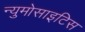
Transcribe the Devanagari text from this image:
न्युमोसाइटिस